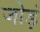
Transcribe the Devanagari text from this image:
जोड़ं